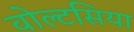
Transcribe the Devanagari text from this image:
वोल्टसिया